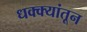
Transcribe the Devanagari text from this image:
धक्क्यांतून